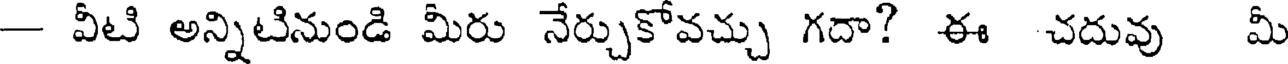
- వీటి అన్నిటినుండి మీరు నేర్చుకోవచ్చు గదా? ఈ చదువు మీ